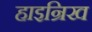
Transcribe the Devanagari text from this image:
हाइन्रिख